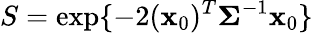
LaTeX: S=\exp\{ -2(\mathbf{x}_{0})^{T}\mathbf{\Sigma}^{-1}\mathbf{x}_{0}\}